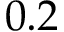
0 . 2